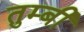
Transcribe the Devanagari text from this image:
तुम्बी